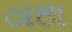
ાછા